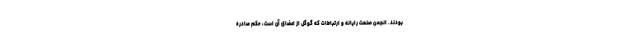
بودند. انجمن صنعت رایانه و ارتباطات که گوگل از اعضای آن است، حکم صادره